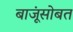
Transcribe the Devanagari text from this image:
बाजूंसोबत